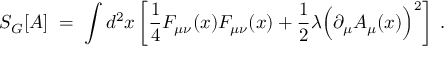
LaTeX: S _ { G } [ A ] \; = \; \int d ^ { 2 } x \left[ \frac { 1 } { 4 } F _ { \mu \nu } ( x ) F _ { \mu \nu } ( x ) + \frac { 1 } { 2 } \lambda \Big ( \partial _ { \mu } A _ { \mu } ( x ) \Big ) ^ { 2 } \right] \; .